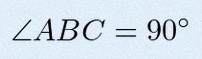
\angle ABC=90^\circ